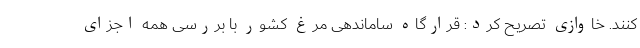
کنند. خاوازی تصریح کرد: قرارگاه ساماندهی مرغ کشور با بررسی همه اجزای